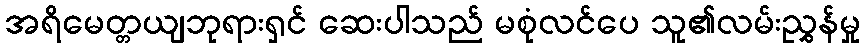
အရိမေတ္တယျဘုရားရှင် ဆေးပါသည် မစုံလင်ပေ သူ၏လမ်းညွှန်မှု